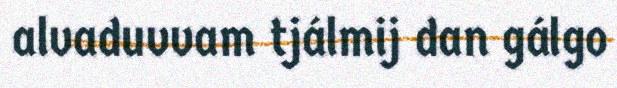
alvaduvvam tjálmij dan gálgo